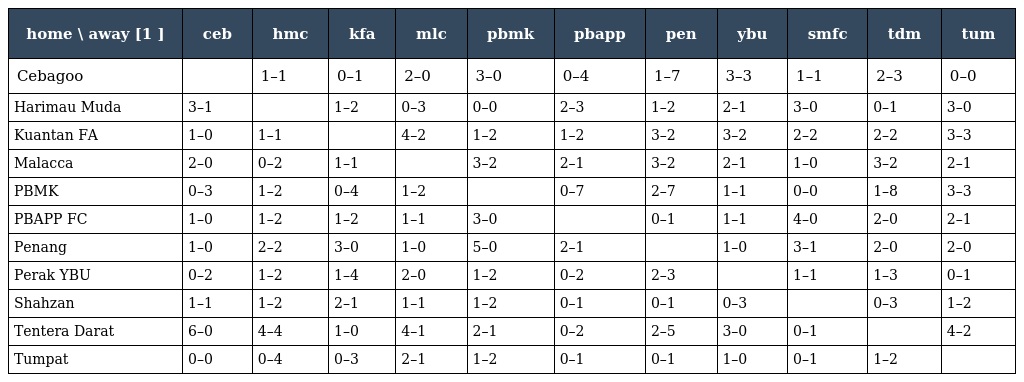
| home \ away [1 ] | ceb | hmc | kfa | mlc | pbmk | pbapp | pen | ybu | smfc | tdm | tum |
 | --- | --- | --- | --- | --- | --- | --- | --- | --- | --- | --- | --- |
 | Cebagoo |  | 1–1 | 0–1 | 2–0 | 3–0 | 0–4 | 1–7 | 3–3 | 1–1 | 2–3 | 0–0 |
 | Harimau Muda | 3–1 |  | 1–2 | 0–3 | 0–0 | 2–3 | 1–2 | 2–1 | 3–0 | 0–1 | 3–0 |
 | Kuantan FA | 1–0 | 1–1 |  | 4–2 | 1–2 | 1–2 | 3–2 | 3–2 | 2–2 | 2–2 | 3–3 |
 | Malacca | 2–0 | 0–2 | 1–1 |  | 3–2 | 2–1 | 3–2 | 2–1 | 1–0 | 3–2 | 2–1 |
 | PBMK | 0–3 | 1–2 | 0–4 | 1–2 |  | 0–7 | 2–7 | 1–1 | 0–0 | 1–8 | 3–3 |
 | PBAPP FC | 1–0 | 1–2 | 1–2 | 1–1 | 3–0 |  | 0–1 | 1–1 | 4–0 | 2–0 | 2–1 |
 | Penang | 1–0 | 2–2 | 3–0 | 1–0 | 5–0 | 2–1 |  | 1–0 | 3–1 | 2–0 | 2–0 |
 | Perak YBU | 0–2 | 1–2 | 1–4 | 2–0 | 1–2 | 0–2 | 2–3 |  | 1–1 | 1–3 | 0–1 |
 | Shahzan | 1–1 | 1–2 | 2–1 | 1–1 | 1–2 | 0–1 | 0–1 | 0–3 |  | 0–3 | 1–2 |
 | Tentera Darat | 6–0 | 4–4 | 1–0 | 4–1 | 2–1 | 0–2 | 2–5 | 3–0 | 0–1 |  | 4–2 |
 | Tumpat | 0–0 | 0–4 | 0–3 | 2–1 | 1–2 | 0–1 | 0–1 | 1–0 | 0–1 | 1–2 |  |